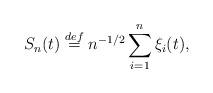
LaTeX: \begin{align*} S_n(t) \stackrel{def}{=} n^{-1/2} \sum_{i=1}^n \xi_i(t), \end{align*}